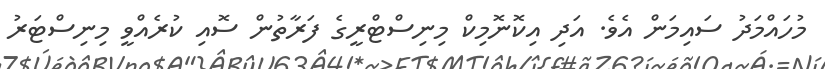
މުހައްމަދު ސައިމަން އެވެ. އަދި އިކޮނޮމިކް މިނިސްޓްރީގެ ފަރާތުން ސޮއި ކުރެއްވީ މިނިސްޓަރު